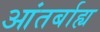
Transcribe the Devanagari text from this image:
आंतर्बाह्य